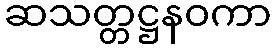
ဆသတ္တဋ္ဌနဝကာ